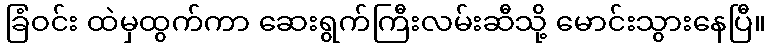
ခြံဝင်း ထဲမှထွက်ကာ ဆေးရွက်ကြီးလမ်းဆီသို့ မောင်းသွားနေပြီ။